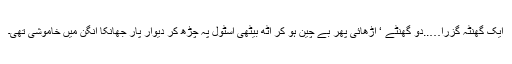
ایک گھنٹہ گزرا…..دو گھنٹے ‘ اڑھائی پھر بے چین ہو کر اٹھ بیٹھی اسٹول پہ چڑھ کر دیوار پار جھانکا آنگن میں خاموشی تھی۔